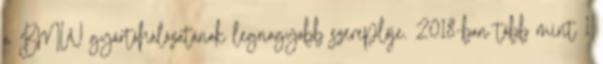
a BMW gyártóhálózatának legnagyobb szereplője. 2018-ban több mint 1